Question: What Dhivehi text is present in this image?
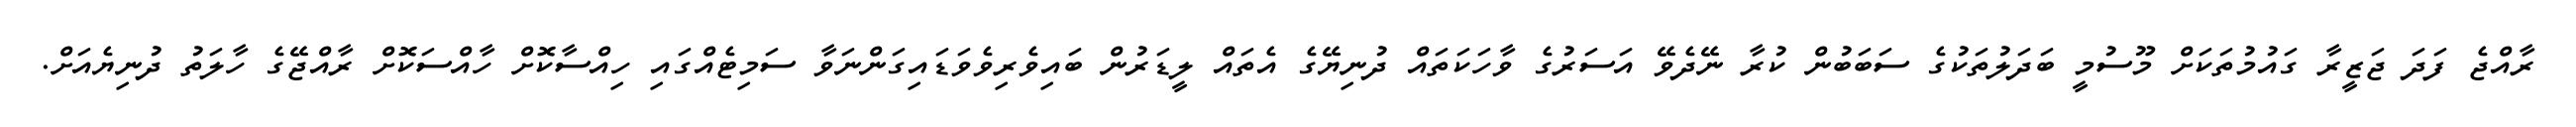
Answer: ރާއްޖެ ފަދަ ޖަޒީރާ ގައުމުތަކަށް މޫސުމީ ބަދަލުތަކުގެ ސަބަބުން ކުރާ ނޭދެވޭ އަސަރުގެ ވާހަކަތައް ދުނިޔޭގެ އެތައް ލީޑަރުން ބައިވެރިވެވަޑައިގަންނަވާ ސަމިޓެއްގައި ހިއްސާކޮށް ހާއްސަކޮށް ރާއްޖޭގެ ހާލަތު ދުނިޔެއަށް.